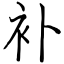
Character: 补